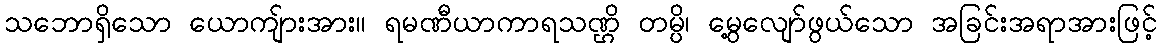
သဘောရှိသော ယောကျ်ားအား။ ရမဏီယာကာရသဏ္ဌိ တမ္ပိ၊ မွေ့လျော်ဖွယ်သော အခြင်းအရာအားဖြင့်